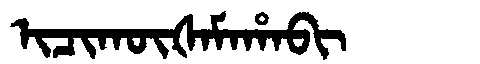
Manchu: ᡳᠴᡳᡴᡡᡧᠠᠮᠠᡥᠠᠪᡳ
Romanization: ICIKŪŠAMAHABI